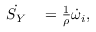
\begin{array} { r l } { \Dot { S _ { Y } } } & { { } = \frac { 1 } { \rho } \dot { \omega } _ { i } , } \end{array}